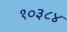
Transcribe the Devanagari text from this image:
१०३८४